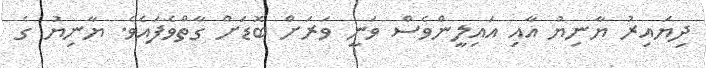
ދިޔައިރު ޔާނިޔު އާއި އައިލީންވެސް ވަނީ ވަރަށް ބޮޑަށް ގާތްވެފައެވެ. ޔާނިޔު ގެ